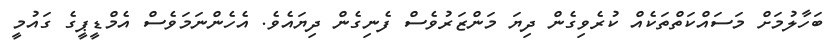
ބަހާލުމަށް މަސައްކަތްތަކެއް ކުރެވިގެން ދިޔަ މަންޒަރުވެސް ފެނިގެން ދިޔައެވެ. އެހެންނަމަވެސް އެމްޑީޕީގެ ގައުމީ